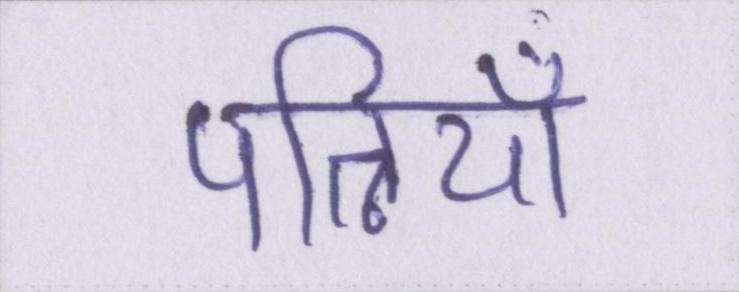
पत्नियाँ